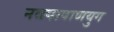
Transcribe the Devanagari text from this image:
नवपाषाणयुग